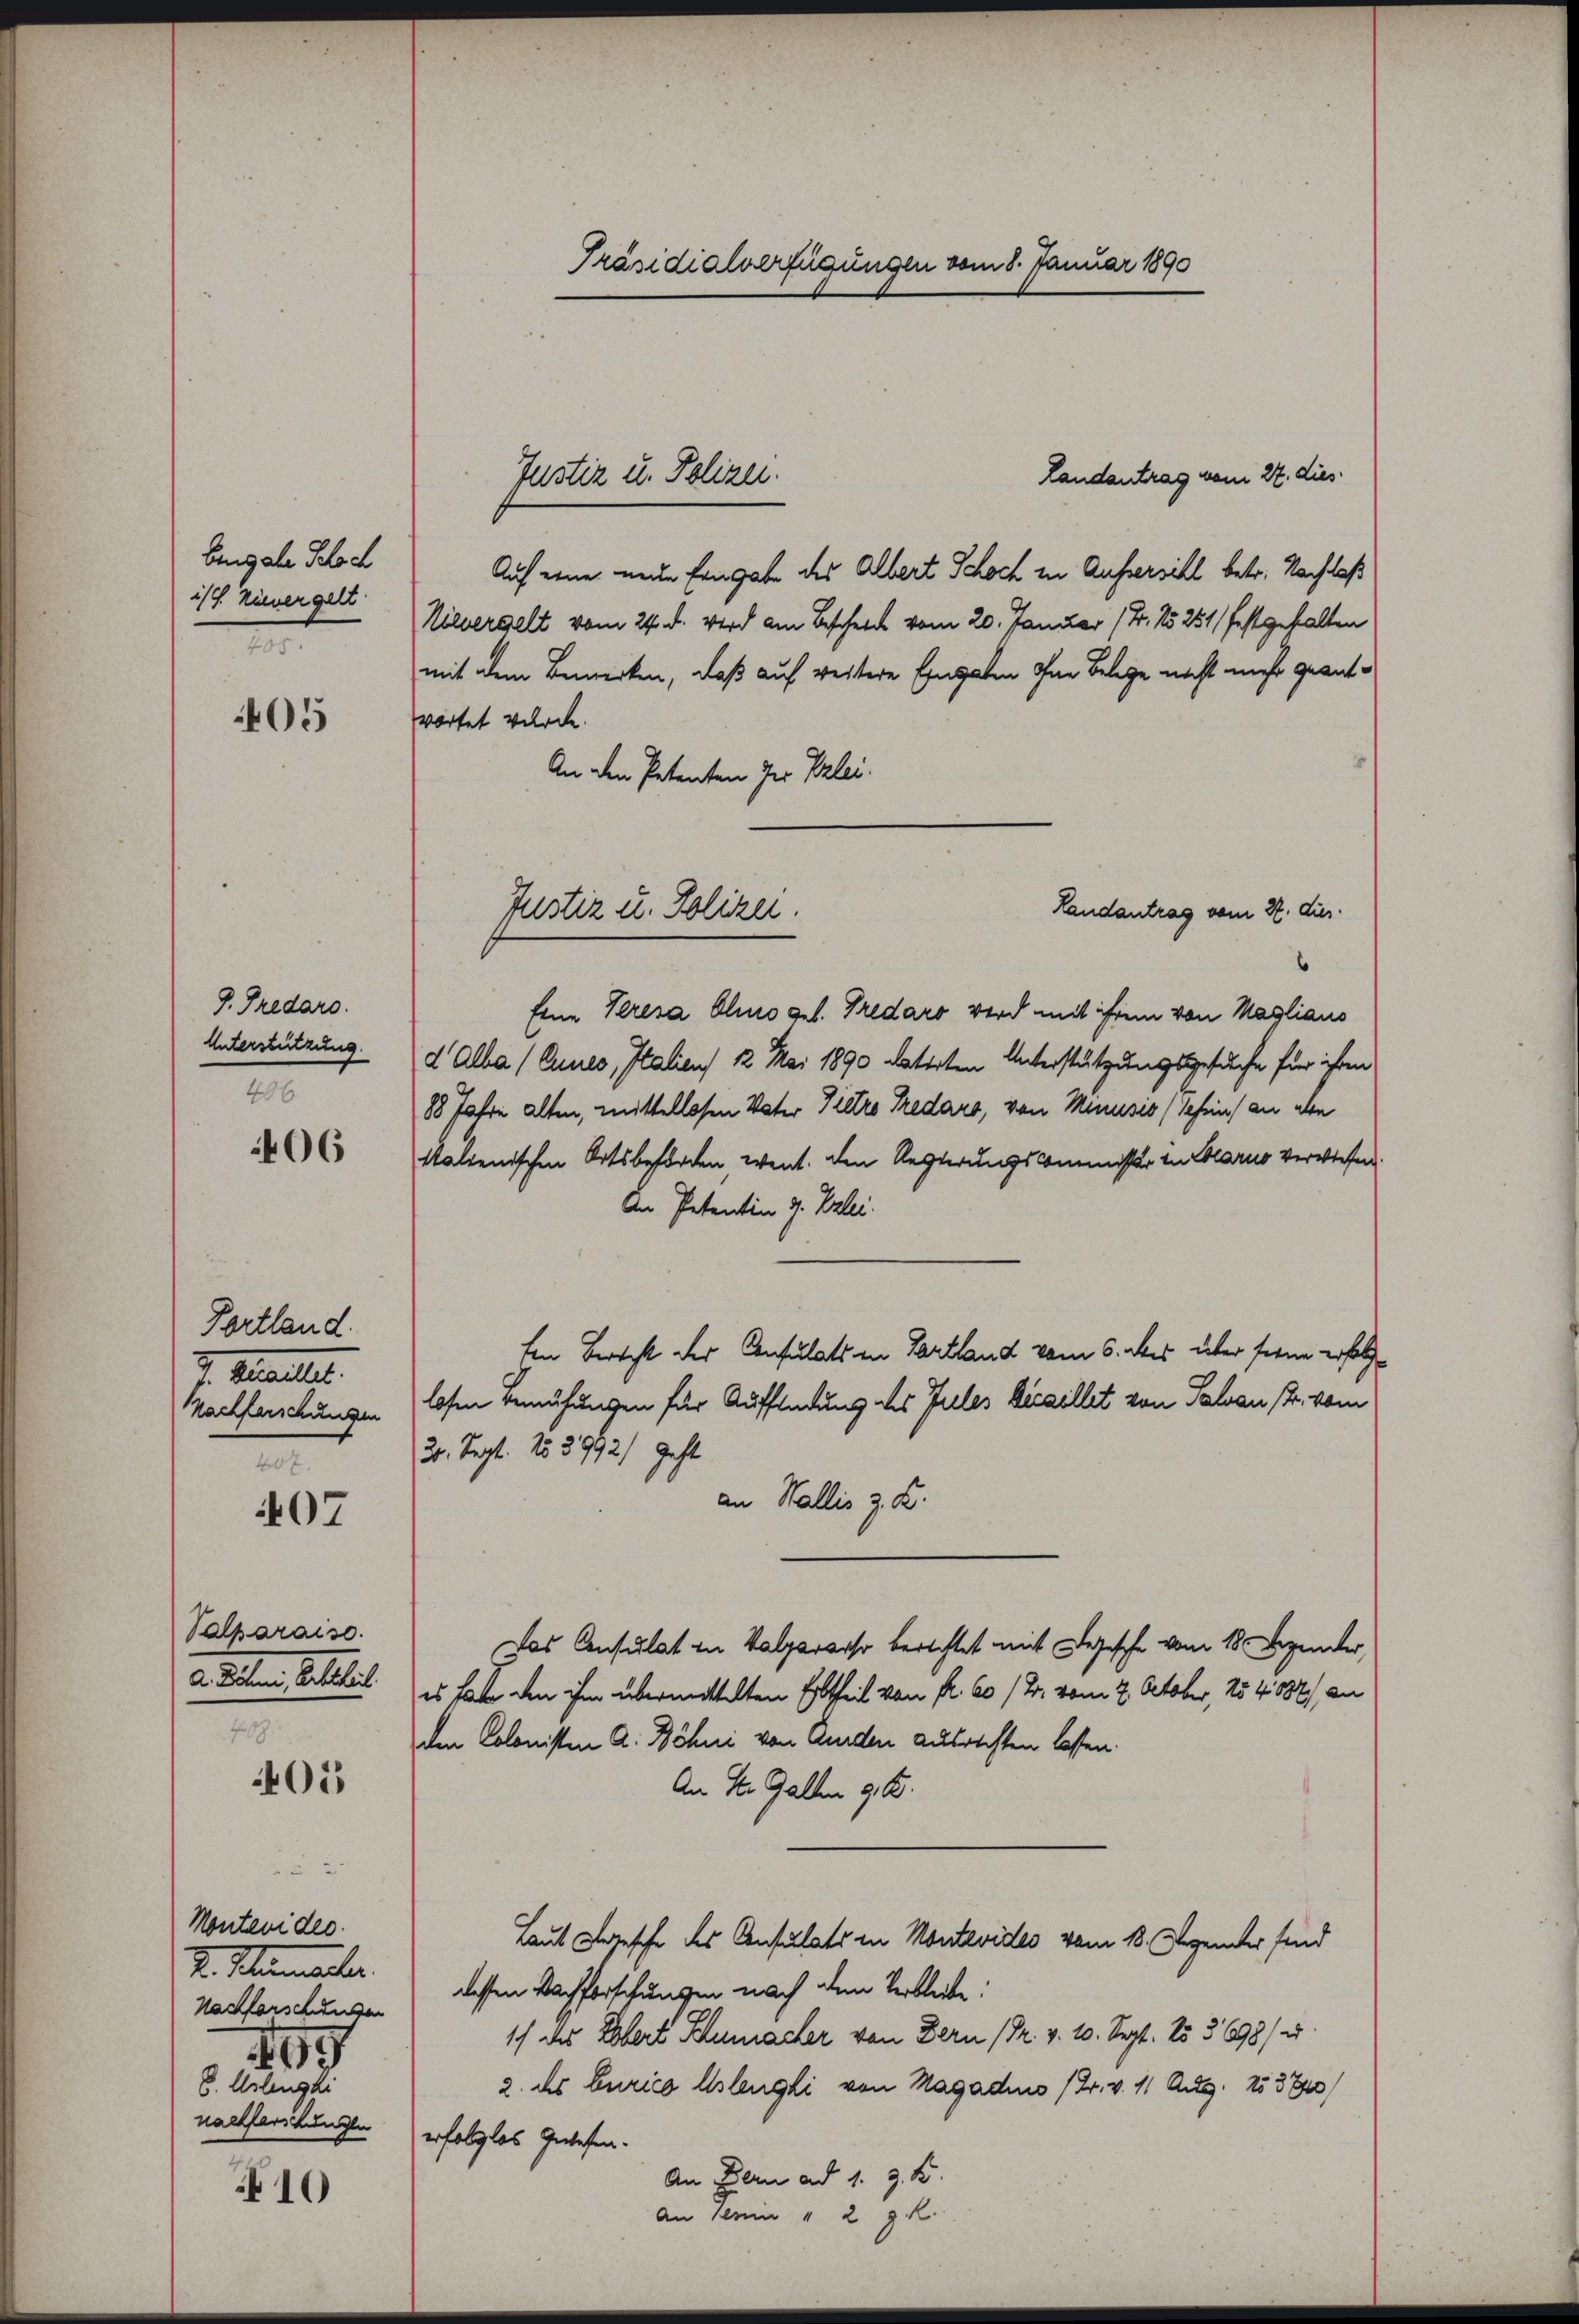
bigale Schoch
i/. hienergelt.
405.

05

P. Fredaro.
Unterstützung.
406

406

Fortland.
7. Galler.
Nachforschungen
408.

07

Palparaiso
d. Reiten Geselbert.
489

01

Montevides.
2. Sammler
Nachforschungen
469
C. Artengli
nachferschungen

10

Präsidialverfügungen vom 8. Januar 1890

Landantrag vom 27. dies
Auf eine neue Eingabe des Albert Schoch in Aussersihl betr. Nachlaß
Nievergelt vom 24. d. wird am Bescheid vom 20. Januar 14. No 251 festgehalten
mit dem Bemerken, daß auf weitere Eingaben ohne Belege nicht mehr geantwortet wurde.
An den Petenten der Verlei.
Eine Veresa blino gelt. Tredaro wird mit ihrem von Magliaus
d Alba (Annes, Italiens 12 Mai 1890 datirten Unterstützungsgesuche für ihren
88 Jahre alten, mittellosen Vater Pietro Fredaro, von Minusis (Schein) an abe
ktalienischen Ortsbehörden went. Den Regierungscommissär in Glarus verwiesen.
An Petentin J. Vrlei.
Ein Berecht der Consulats in Zartland vom 5. des über seine erfolglosen Berufungen für Auffindung des Jules Vicaillet von Palvan Dr. vom
24. Sept. 153992/ geht
an Wallis z. B.
Das Consulat in Valparorso berichtet mit Beische vom 18. Dezember,
es hatte den ihm übermittelten Erbtheil von fl. 60 / B. vom 2. October, 154882 an
den Colonisten A. Böhni von Aurden ausrichten lassen.
An St. Gallen 9. B.
Laut Segesche des Consulats in Montevides vom 13. Gegender sind
dessen Nachforschungen nach dem Verbleibe
1) des Ebert Schmacher von Bern (Pr. v. 10. Sept. 15 § 1898/ u.
2. des Curico Aslengli von Hagadens (Fr. v. 11 Aug. 153740/
erfolglos gelesen.
An Bern ad 1. 3. K
An Klein " 2 g

Justiz u. Polizei.

Justiz u. Polizei.
Landantrag vom 22. dies